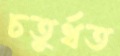
চতুর্থত